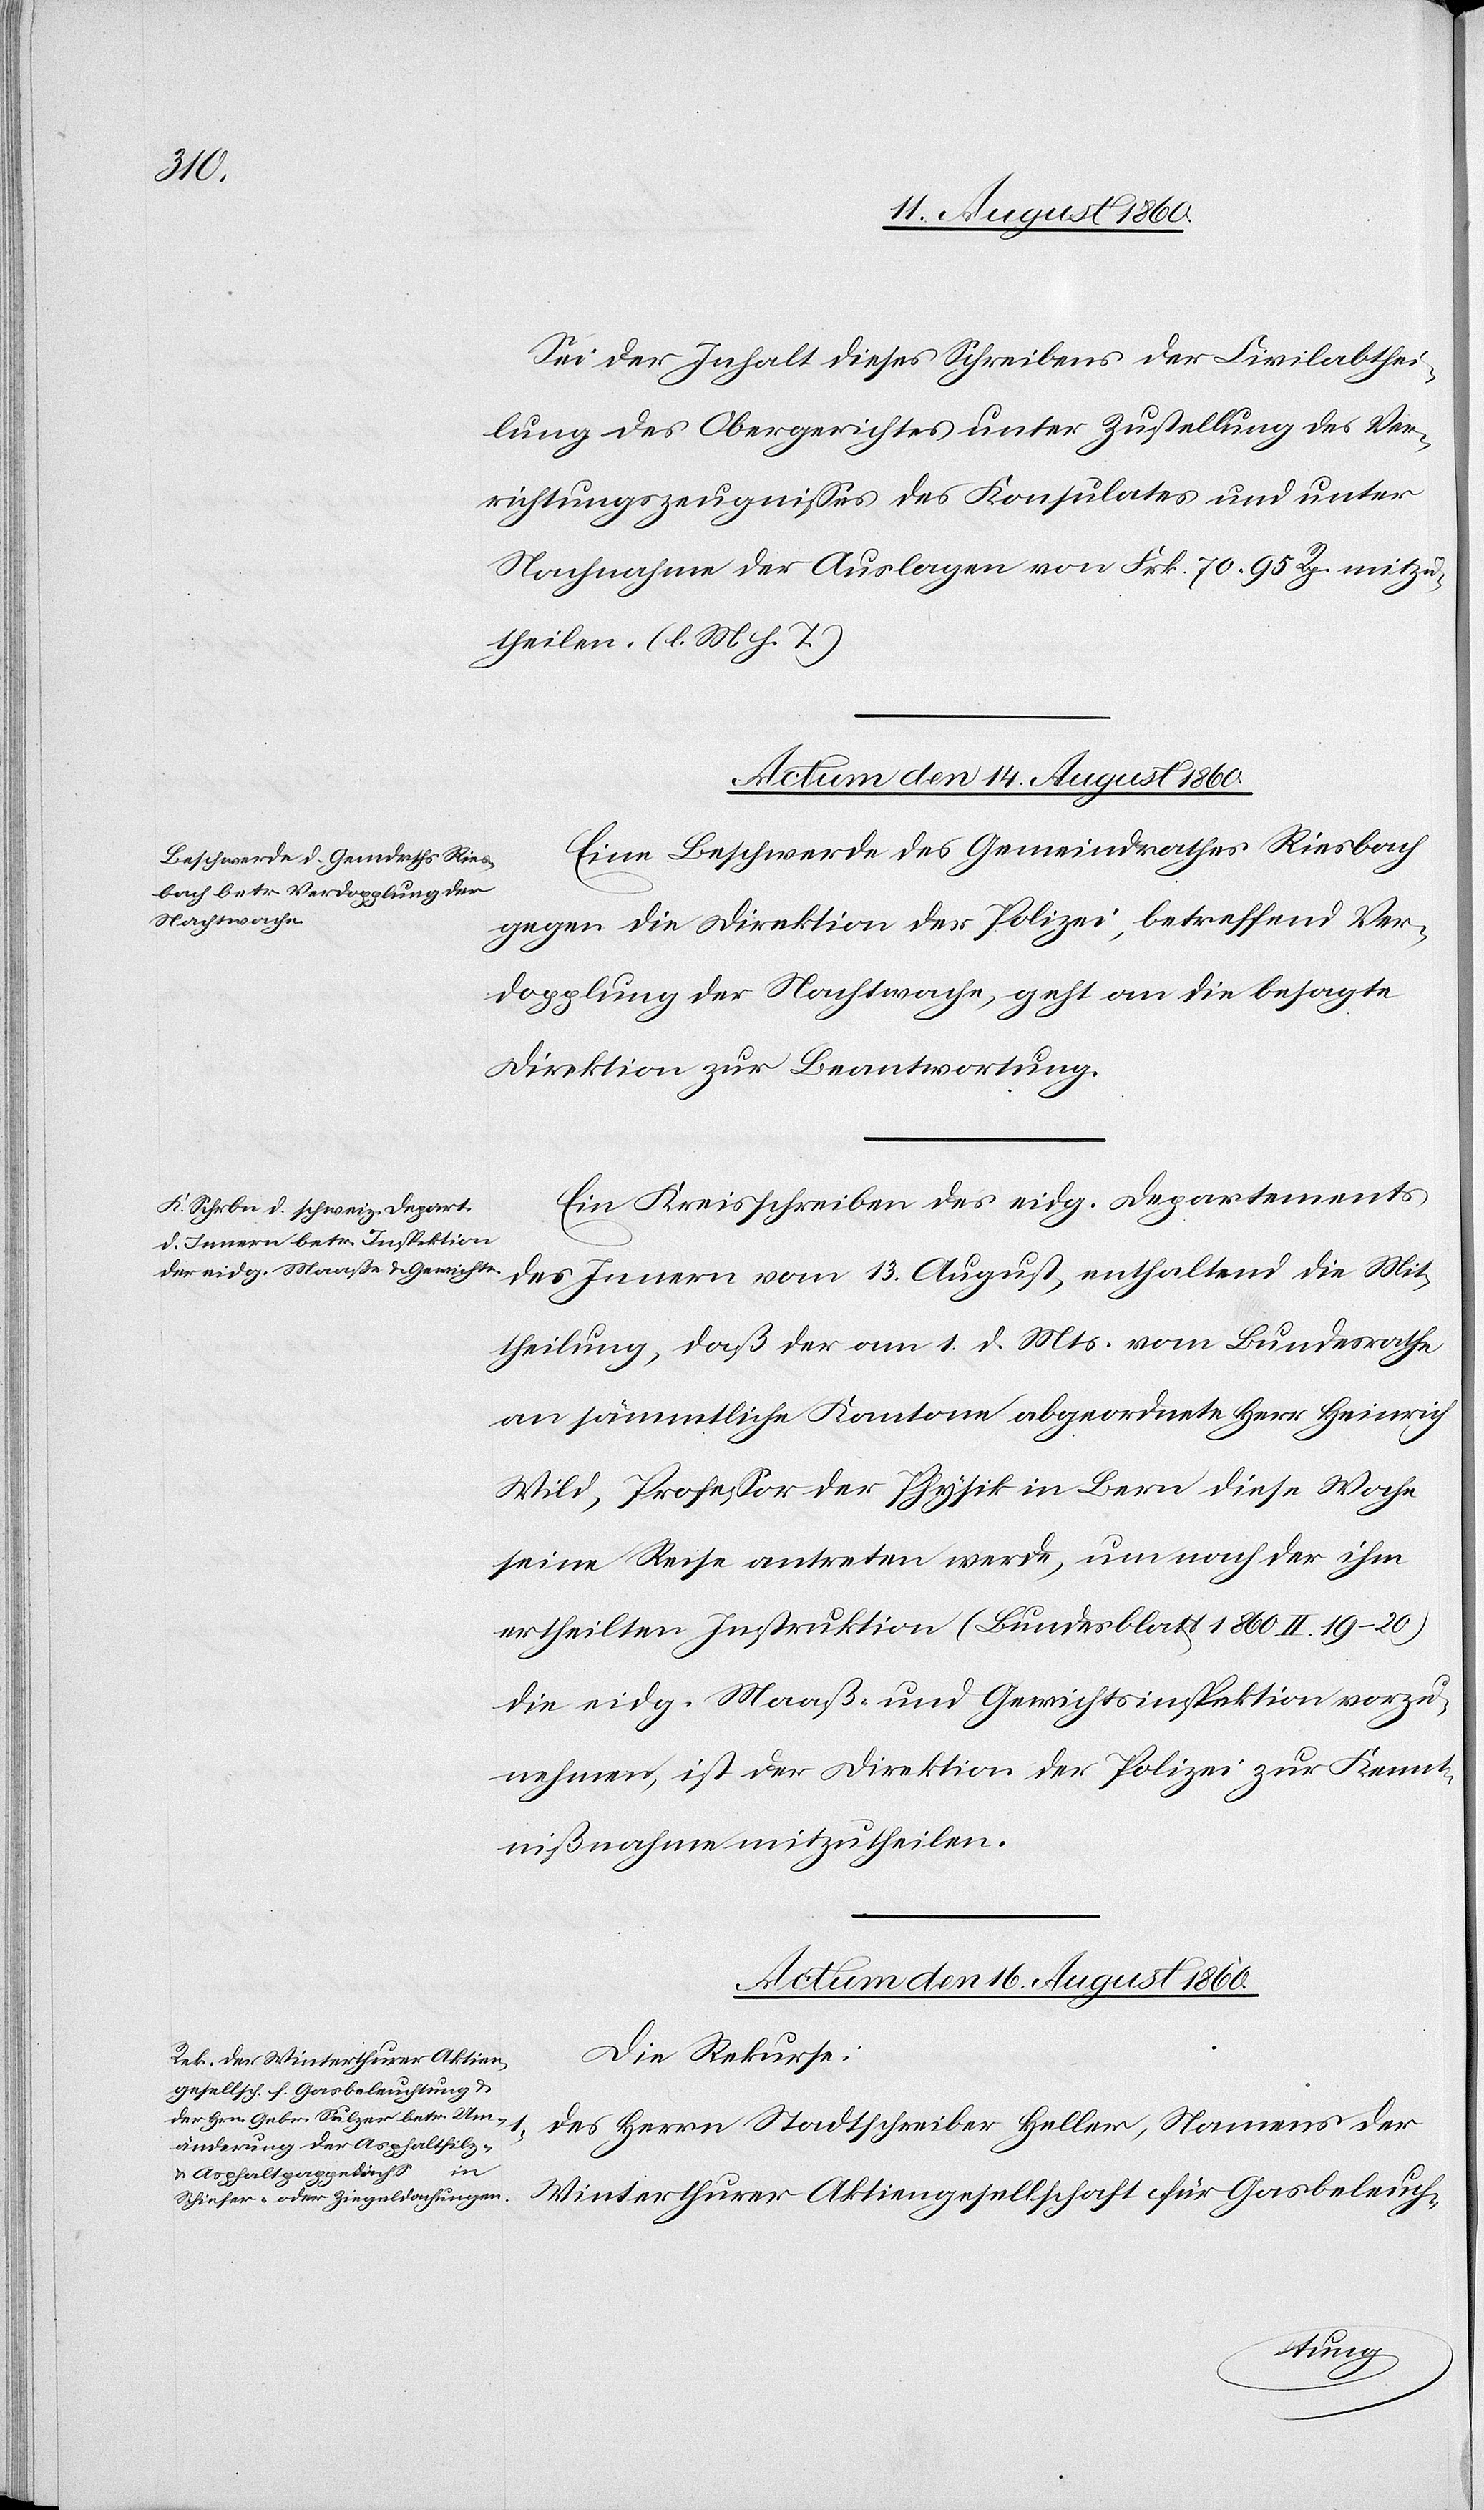
Sei der Inhalt dieses Schreibens der Civilabhei¬
lung des Obergerichtes unter Zustellung des Ver¬
richtungszeugnisses des Konsulates und unter
Nachnahme der Auslagen von fcs. 70 95C mitzu¬
theilen. (l. M. h. T.)
Actum den 14. August 1860.
Eine Beschwerde des Gemeindrathes Riesbach
gegen die Direktion der Polizei betreffend Ver¬
dopplung der Nachtwache geht an die besagte
Direktion zur Beantwortung.
Ein Kreisschreiben des eidg. Departements
des Innern vom 13. August, enthaltend die Mit¬
theilung, dass der am 1. d. Mts. vom Bundesrathe
an sämmtliche Kantone abgeordnete Hr. Heinrich
Wild, Professor der Physik in Bern diese Woche
seine Reise antreten werde, um nach der ihm
ertheilten Instruktion (Bundesblatt 1860 II 19–20)
die eidg. Maass- u. Gewichtsinspektion vorzu¬
nehmen, ist der Direktion der Polizei zur Kennt¬
nissnahme mitzutheilen.
Actum den 16. August 1860.
Die Rekurse:
Des Herrn Stadtschreiber Heller, Namens der
Winterthurer Aktiengesellschaft für Gasbeleuch-